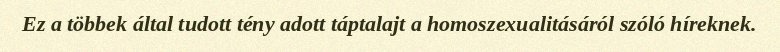
Ez a többek által tudott tény adott táptalajt a homoszexualitásáról szóló híreknek.